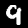
Digit: 9